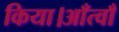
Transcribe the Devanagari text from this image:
किया।आँत्वाँ